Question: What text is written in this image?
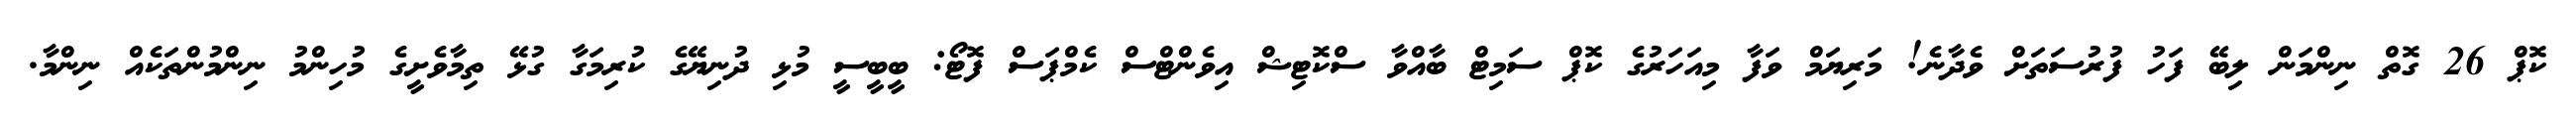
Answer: ކޮޕް 26 ގޮތް ނިންމަން ލިބޭ ފަހު ފުރުސަތަށް ވެދާނެ! މަރިޔަމް ވަފާ މިއަހަރުގެ ކޮޕް ސަމިޓް ބާއްވާ ސްކޮޓިޝް އިވެންޓްސް ކެމްޕަސް ފޮޓޯ: ބީބީސީ މުޅި ދުނިޔޭގެ ކުރިމަގާ ގުޅޭ ތިމާވެށީގެ މުހިންމު ނިންމުންތަކެއް ނިންމާ.